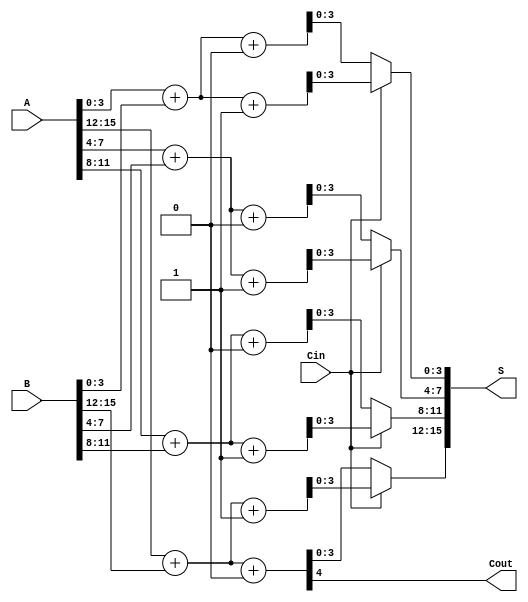
module RCCSA #(parameter N=16, // Total bit-width of the adder
                parameter M=4   // Bit-width of each sub-adder
               )(
    input [N-1:0] A,         // First n-bit input
    input [N-1:0] B,         // Second n-bit input
    input Cin,               // Carry-in
    output [N-1:0] S,        // n-bit sum output
    output Cout              // Carry-out
);

    localparam NUM_BLOCKS = N / M; // Number of blocks for segmented adder

    wire [M-1:0] sum0 [NUM_BLOCKS-1:0];
    wire [M-1:0] sum1 [NUM_BLOCKS-1:0];
    wire [NUM_BLOCKS:0] carry; // carry[0] = Cin

    genvar i;

    // Generate the sub-adder blocks
    generate
        for (i = 0; i < NUM_BLOCKS; i = i + 1) begin : sub_adder
            wire [M-1:0] A_segment = A[M*i +: M];
            wire [M-1:0] B_segment = B[M*i +: M];
            wire ci = carry[i]; // Carry for current block

            // Sum outputs when carry-in is 0
            assign {carry[i+1], sum0[i]} = A_segment + B_segment + 1'b0;

            // Sum outputs when carry-in is 1
            assign {carry[i+1], sum1[i]} = A_segment + B_segment + 1'b1;
        end
    endgenerate

    // Select the correct sum based on carry-in
    generate
        for (i = 0; i < NUM_BLOCKS; i = i + 1) begin : mux
            assign S[M*i +: M] = (Cin ? sum1[i] : sum0[i]);
        end
    endgenerate

    // Carry-out is the carry generated from the last block
    assign Cout = carry[NUM_BLOCKS];

endmodule